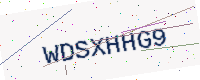
Text: WDSXHHG9